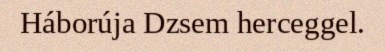
Háborúja Dzsem herceggel.